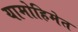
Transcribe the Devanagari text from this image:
यामोहिमेत